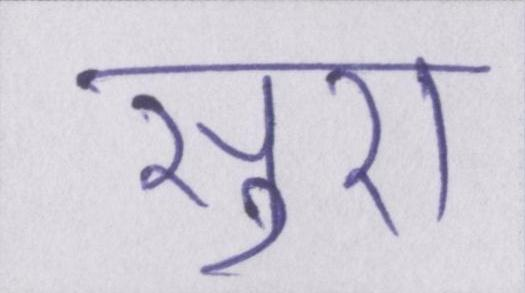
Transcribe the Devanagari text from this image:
सुरा